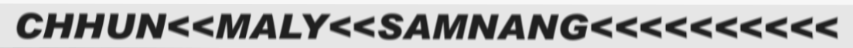
CHHUN<<MALY<<SAMNANG<<<<<<<<<<